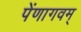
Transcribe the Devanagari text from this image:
पेंणागवम्